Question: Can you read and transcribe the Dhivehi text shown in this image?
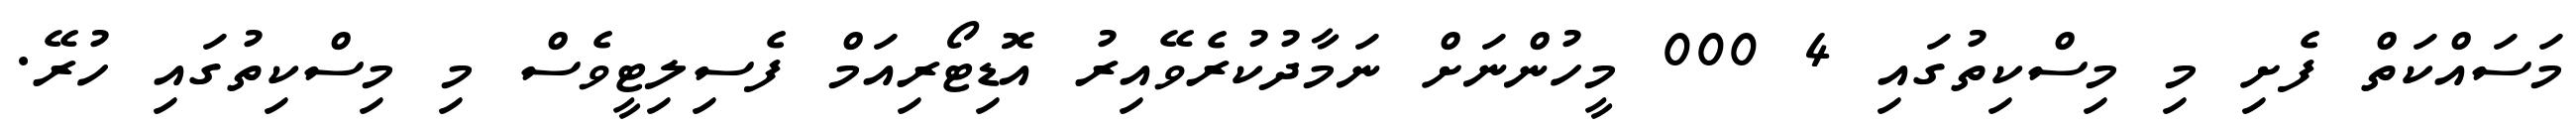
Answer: މަސައްކަތް ފެށި މި މިސްކިތުގައި 4 000 މީހުންނަށް ނަމާދުކުރެވޭއިރު އޮޑިޓޯރިއަމް ފެސިލިޓީވެސް މި މިސްކިތުގައި ހުރޭ.